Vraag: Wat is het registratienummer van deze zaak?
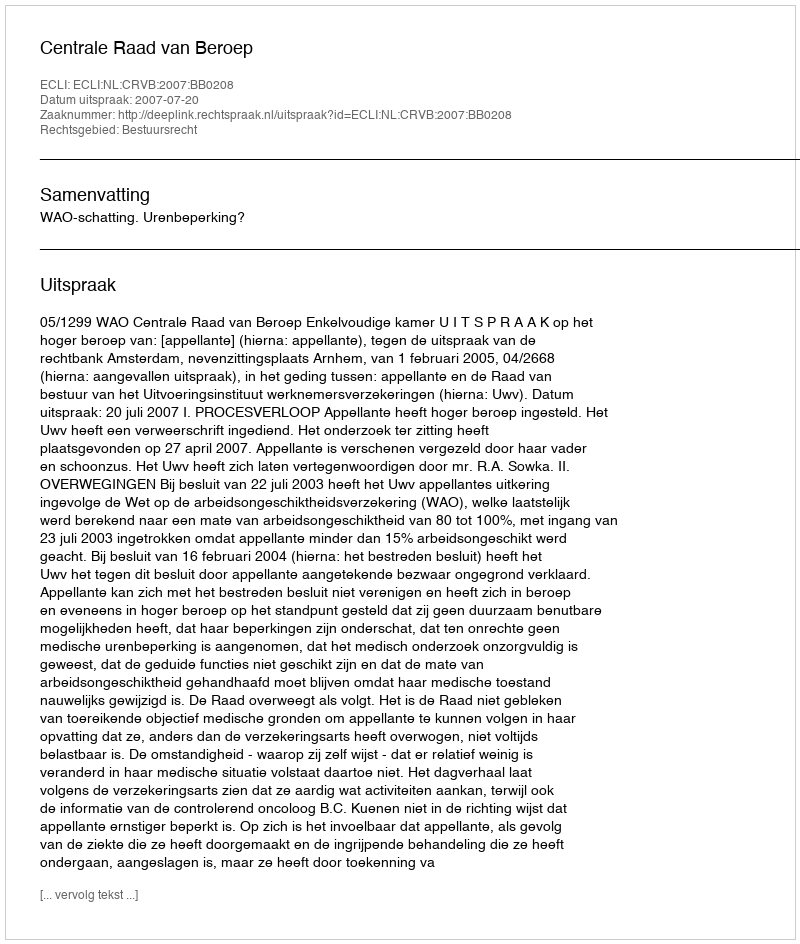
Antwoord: http://deeplink.rechtspraak.nl/uitspraak?id=ECLI:NL:CRVB:2007:BB0208